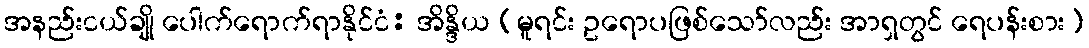
အနည်းငယ်ချို ပေါက်ရောက်ရာနိုင်ငံ: အိန္ဒိယ (မူရင်း ဥရောပဖြစ်သော်လည်း အာရှတွင် ရေပန်းစား)